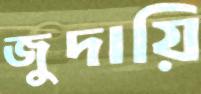
জুদায়ি